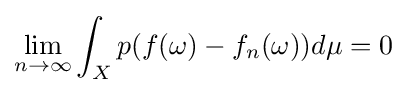
\lim \limits _{n\to \infty }\int _{X}p(f(\omega )-f_{n}(\omega ))d\mu =0